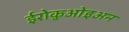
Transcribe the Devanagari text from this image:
ईरोक़ुओइअन